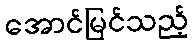
အောင်မြင်သည့်